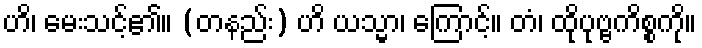
ဟိ၊ မေးသင့်၏။ (တနည်း) ဟိ ယသ္မာ၊ ကြောင့်။ တံ၊ ထိုပုဗ္ဗကိစ္စကို။